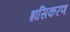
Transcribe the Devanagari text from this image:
ह्रासिकरण